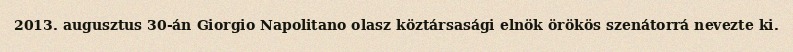
2013. augusztus 30-án Giorgio Napolitano olasz köztársasági elnök örökös szenátorrá nevezte ki.